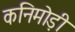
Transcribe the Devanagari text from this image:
कनिमोड़ी